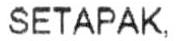
SETAPAK,